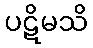
ပဋိမသိ